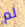
لم